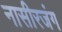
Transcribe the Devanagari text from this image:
नासीरजंग